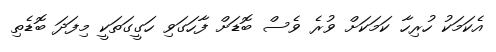
އެކަމަކު ހުރިހާ ކަމަކަށް ވުރެ ވެސް ބޮޑަށް ފާހަގަވި ހަގީގަތަކީ މިފަދަ ބޮޑެތި